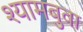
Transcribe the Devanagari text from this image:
श्यामबुवा